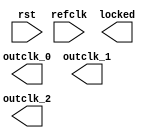
// megafunction wizard: %Altera PLL v12.0%
// GENERATION: XML
// mAltLvdsPll.v

// Generated using ACDS version 12.0sp2 263 at 2012.11.06.21:41:41

`timescale 1 ps / 1 ps
module mAltLvdsPll (
		input  wire  refclk,   //  refclk.clk
		input  wire  rst,      //   reset.reset
		output wire  outclk_0, // outclk0.clk
		output wire  outclk_1, // outclk1.clk
		output wire  outclk_2, // outclk2.clk
		output wire  locked    //  locked.export
	);

//	mAltLvdsPll_0002 maltlvdspll_inst (
//		.refclk   (refclk),   //  refclk.clk
//		.rst      (rst),      //   reset.reset
//		.outclk_0 (outclk_0), // outclk0.clk
//		.outclk_1 (outclk_1), // outclk1.clk
//		.outclk_2 (outclk_2), // outclk2.clk
//		.locked   (locked)    //  locked.export
//	);

endmodule
// Retrieval info: <?xml version="1.0"?>
//<!--
//	Generated by Altera MegaWizard Launcher Utility version 1.0
//	************************************************************
//	THIS IS A WIZARD-GENERATED FILE. DO NOT EDIT THIS FILE!
//	************************************************************
//	Copyright (C) 1991-2012 Altera Corporation
//	Any megafunction design, and related net list (encrypted or decrypted),
//	support information, device programming or simulation file, and any other
//	associated documentation or information provided by Altera or a partner
//	under Altera's Megafunction Partnership Program may be used only to
//	program PLD devices (but not masked PLD devices) from Altera.  Any other
//	use of such megafunction design, net list, support information, device
//	programming or simulation file, or any other related documentation or
//	information is prohibited for any other purpose, including, but not
//	limited to modification, reverse engineering, de-compiling, or use with
//	any other silicon devices, unless such use is explicitly licensed under
//	a separate agreement with Altera or a megafunction partner.  Title to
//	the intellectual property, including patents, copyrights, trademarks,
//	trade secrets, or maskworks, embodied in any such megafunction design,
//	net list, support information, device programming or simulation file, or
//	any other related documentation or information provided by Altera or a
//	megafunction partner, remains with Altera, the megafunction partner, or
//	their respective licensors.  No other licenses, including any licenses
//	needed under any third party's intellectual property, are provided herein.
//-->
// Retrieval info: <instance entity-name="altera_pll" version="12.0" >
// Retrieval info: 	<generic name="device_family" value="Arria V" />
// Retrieval info: 	<generic name="gui_device_speed_grade" value="5_H4" />
// Retrieval info: 	<generic name="gui_pll_mode" value="Integer-N PLL" />
// Retrieval info: 	<generic name="gui_reference_clock_frequency" value="125.0" />
// Retrieval info: 	<generic name="gui_channel_spacing" value="0.0" />
// Retrieval info: 	<generic name="gui_operation_mode" value="lvds" />
// Retrieval info: 	<generic name="gui_feedback_clock" value="Global Clock" />
// Retrieval info: 	<generic name="gui_fractional_cout" value="24" />
// Retrieval info: 	<generic name="gui_use_locked" value="true" />
// Retrieval info: 	<generic name="gui_en_adv_params" value="false" />
// Retrieval info: 	<generic name="gui_number_of_clocks" value="3" />
// Retrieval info: 	<generic name="gui_output_clock_frequency0" value="1250.0" />
// Retrieval info: 	<generic name="gui_multiply_factor0" value="1" />
// Retrieval info: 	<generic name="gui_frac_multiply_factor0" value="1" />
// Retrieval info: 	<generic name="gui_divide_factor0" value="1" />
// Retrieval info: 	<generic name="gui_actual_output_clock_frequency0" value="0 MHz" />
// Retrieval info: 	<generic name="gui_ps_units0" value="degrees" />
// Retrieval info: 	<generic name="gui_phase_shift0" value="0" />
// Retrieval info: 	<generic name="gui_phase_shift_deg0" value="-180" />
// Retrieval info: 	<generic name="gui_actual_phase_shift0" value="0" />
// Retrieval info: 	<generic name="gui_duty_cycle0" value="50" />
// Retrieval info: 	<generic name="gui_output_clock_frequency1" value="125.0" />
// Retrieval info: 	<generic name="gui_multiply_factor1" value="1" />
// Retrieval info: 	<generic name="gui_frac_multiply_factor1" value="1" />
// Retrieval info: 	<generic name="gui_divide_factor1" value="1" />
// Retrieval info: 	<generic name="gui_actual_output_clock_frequency1" value="0 MHz" />
// Retrieval info: 	<generic name="gui_ps_units1" value="degrees" />
// Retrieval info: 	<generic name="gui_phase_shift1" value="0" />
// Retrieval info: 	<generic name="gui_phase_shift_deg1" value="288" />
// Retrieval info: 	<generic name="gui_actual_phase_shift1" value="0" />
// Retrieval info: 	<generic name="gui_duty_cycle1" value="10" />
// Retrieval info: 	<generic name="gui_output_clock_frequency2" value="125.0" />
// Retrieval info: 	<generic name="gui_multiply_factor2" value="1" />
// Retrieval info: 	<generic name="gui_frac_multiply_factor2" value="1" />
// Retrieval info: 	<generic name="gui_divide_factor2" value="1" />
// Retrieval info: 	<generic name="gui_actual_output_clock_frequency2" value="0 MHz" />
// Retrieval info: 	<generic name="gui_ps_units2" value="degrees" />
// Retrieval info: 	<generic name="gui_phase_shift2" value="0" />
// Retrieval info: 	<generic name="gui_phase_shift_deg2" value="-18" />
// Retrieval info: 	<generic name="gui_actual_phase_shift2" value="0" />
// Retrieval info: 	<generic name="gui_duty_cycle2" value="50" />
// Retrieval info: 	<generic name="gui_output_clock_frequency3" value="100.0" />
// Retrieval info: 	<generic name="gui_multiply_factor3" value="1" />
// Retrieval info: 	<generic name="gui_frac_multiply_factor3" value="1" />
// Retrieval info: 	<generic name="gui_divide_factor3" value="1" />
// Retrieval info: 	<generic name="gui_actual_output_clock_frequency3" value="0 MHz" />
// Retrieval info: 	<generic name="gui_ps_units3" value="ps" />
// Retrieval info: 	<generic name="gui_phase_shift3" value="0" />
// Retrieval info: 	<generic name="gui_phase_shift_deg3" value="0" />
// Retrieval info: 	<generic name="gui_actual_phase_shift3" value="0" />
// Retrieval info: 	<generic name="gui_duty_cycle3" value="50" />
// Retrieval info: 	<generic name="gui_output_clock_frequency4" value="100.0" />
// Retrieval info: 	<generic name="gui_multiply_factor4" value="1" />
// Retrieval info: 	<generic name="gui_frac_multiply_factor4" value="1" />
// Retrieval info: 	<generic name="gui_divide_factor4" value="1" />
// Retrieval info: 	<generic name="gui_actual_output_clock_frequency4" value="0 MHz" />
// Retrieval info: 	<generic name="gui_ps_units4" value="ps" />
// Retrieval info: 	<generic name="gui_phase_shift4" value="0" />
// Retrieval info: 	<generic name="gui_phase_shift_deg4" value="0" />
// Retrieval info: 	<generic name="gui_actual_phase_shift4" value="0" />
// Retrieval info: 	<generic name="gui_duty_cycle4" value="50" />
// Retrieval info: 	<generic name="gui_output_clock_frequency5" value="100.0" />
// Retrieval info: 	<generic name="gui_multiply_factor5" value="1" />
// Retrieval info: 	<generic name="gui_frac_multiply_factor5" value="1" />
// Retrieval info: 	<generic name="gui_divide_factor5" value="1" />
// Retrieval info: 	<generic name="gui_actual_output_clock_frequency5" value="0 MHz" />
// Retrieval info: 	<generic name="gui_ps_units5" value="ps" />
// Retrieval info: 	<generic name="gui_phase_shift5" value="0" />
// Retrieval info: 	<generic name="gui_phase_shift_deg5" value="0" />
// Retrieval info: 	<generic name="gui_actual_phase_shift5" value="0" />
// Retrieval info: 	<generic name="gui_duty_cycle5" value="50" />
// Retrieval info: 	<generic name="gui_output_clock_frequency6" value="100.0" />
// Retrieval info: 	<generic name="gui_multiply_factor6" value="1" />
// Retrieval info: 	<generic name="gui_frac_multiply_factor6" value="1" />
// Retrieval info: 	<generic name="gui_divide_factor6" value="1" />
// Retrieval info: 	<generic name="gui_actual_output_clock_frequency6" value="0 MHz" />
// Retrieval info: 	<generic name="gui_ps_units6" value="ps" />
// Retrieval info: 	<generic name="gui_phase_shift6" value="0" />
// Retrieval info: 	<generic name="gui_phase_shift_deg6" value="0" />
// Retrieval info: 	<generic name="gui_actual_phase_shift6" value="0" />
// Retrieval info: 	<generic name="gui_duty_cycle6" value="50" />
// Retrieval info: 	<generic name="gui_output_clock_frequency7" value="100.0" />
// Retrieval info: 	<generic name="gui_multiply_factor7" value="1" />
// Retrieval info: 	<generic name="gui_frac_multiply_factor7" value="1" />
// Retrieval info: 	<generic name="gui_divide_factor7" value="1" />
// Retrieval info: 	<generic name="gui_actual_output_clock_frequency7" value="0 MHz" />
// Retrieval info: 	<generic name="gui_ps_units7" value="ps" />
// Retrieval info: 	<generic name="gui_phase_shift7" value="0" />
// Retrieval info: 	<generic name="gui_phase_shift_deg7" value="0" />
// Retrieval info: 	<generic name="gui_actual_phase_shift7" value="0" />
// Retrieval info: 	<generic name="gui_duty_cycle7" value="50" />
// Retrieval info: 	<generic name="gui_output_clock_frequency8" value="100.0" />
// Retrieval info: 	<generic name="gui_multiply_factor8" value="1" />
// Retrieval info: 	<generic name="gui_frac_multiply_factor8" value="1" />
// Retrieval info: 	<generic name="gui_divide_factor8" value="1" />
// Retrieval info: 	<generic name="gui_actual_output_clock_frequency8" value="0 MHz" />
// Retrieval info: 	<generic name="gui_ps_units8" value="ps" />
// Retrieval info: 	<generic name="gui_phase_shift8" value="0" />
// Retrieval info: 	<generic name="gui_phase_shift_deg8" value="0" />
// Retrieval info: 	<generic name="gui_actual_phase_shift8" value="0" />
// Retrieval info: 	<generic name="gui_duty_cycle8" value="50" />
// Retrieval info: 	<generic name="gui_output_clock_frequency9" value="100.0" />
// Retrieval info: 	<generic name="gui_multiply_factor9" value="1" />
// Retrieval info: 	<generic name="gui_frac_multiply_factor9" value="1" />
// Retrieval info: 	<generic name="gui_divide_factor9" value="1" />
// Retrieval info: 	<generic name="gui_actual_output_clock_frequency9" value="0 MHz" />
// Retrieval info: 	<generic name="gui_ps_units9" value="ps" />
// Retrieval info: 	<generic name="gui_phase_shift9" value="0" />
// Retrieval info: 	<generic name="gui_phase_shift_deg9" value="0" />
// Retrieval info: 	<generic name="gui_actual_phase_shift9" value="0" />
// Retrieval info: 	<generic name="gui_duty_cycle9" value="50" />
// Retrieval info: 	<generic name="gui_output_clock_frequency10" value="100.0" />
// Retrieval info: 	<generic name="gui_multiply_factor10" value="1" />
// Retrieval info: 	<generic name="gui_frac_multiply_factor10" value="1" />
// Retrieval info: 	<generic name="gui_divide_factor10" value="1" />
// Retrieval info: 	<generic name="gui_actual_output_clock_frequency10" value="0 MHz" />
// Retrieval info: 	<generic name="gui_ps_units10" value="ps" />
// Retrieval info: 	<generic name="gui_phase_shift10" value="0" />
// Retrieval info: 	<generic name="gui_phase_shift_deg10" value="0" />
// Retrieval info: 	<generic name="gui_actual_phase_shift10" value="0" />
// Retrieval info: 	<generic name="gui_duty_cycle10" value="50" />
// Retrieval info: 	<generic name="gui_output_clock_frequency11" value="100.0" />
// Retrieval info: 	<generic name="gui_multiply_factor11" value="1" />
// Retrieval info: 	<generic name="gui_frac_multiply_factor11" value="1" />
// Retrieval info: 	<generic name="gui_divide_factor11" value="1" />
// Retrieval info: 	<generic name="gui_actual_output_clock_frequency11" value="0 MHz" />
// Retrieval info: 	<generic name="gui_ps_units11" value="ps" />
// Retrieval info: 	<generic name="gui_phase_shift11" value="0" />
// Retrieval info: 	<generic name="gui_phase_shift_deg11" value="0" />
// Retrieval info: 	<generic name="gui_actual_phase_shift11" value="0" />
// Retrieval info: 	<generic name="gui_duty_cycle11" value="50" />
// Retrieval info: 	<generic name="gui_output_clock_frequency12" value="100.0" />
// Retrieval info: 	<generic name="gui_multiply_factor12" value="1" />
// Retrieval info: 	<generic name="gui_frac_multiply_factor12" value="1" />
// Retrieval info: 	<generic name="gui_divide_factor12" value="1" />
// Retrieval info: 	<generic name="gui_actual_output_clock_frequency12" value="0 MHz" />
// Retrieval info: 	<generic name="gui_ps_units12" value="ps" />
// Retrieval info: 	<generic name="gui_phase_shift12" value="0" />
// Retrieval info: 	<generic name="gui_phase_shift_deg12" value="0" />
// Retrieval info: 	<generic name="gui_actual_phase_shift12" value="0" />
// Retrieval info: 	<generic name="gui_duty_cycle12" value="50" />
// Retrieval info: 	<generic name="gui_output_clock_frequency13" value="100.0" />
// Retrieval info: 	<generic name="gui_multiply_factor13" value="1" />
// Retrieval info: 	<generic name="gui_frac_multiply_factor13" value="1" />
// Retrieval info: 	<generic name="gui_divide_factor13" value="1" />
// Retrieval info: 	<generic name="gui_actual_output_clock_frequency13" value="0 MHz" />
// Retrieval info: 	<generic name="gui_ps_units13" value="ps" />
// Retrieval info: 	<generic name="gui_phase_shift13" value="0" />
// Retrieval info: 	<generic name="gui_phase_shift_deg13" value="0" />
// Retrieval info: 	<generic name="gui_actual_phase_shift13" value="0" />
// Retrieval info: 	<generic name="gui_duty_cycle13" value="50" />
// Retrieval info: 	<generic name="gui_output_clock_frequency14" value="100.0" />
// Retrieval info: 	<generic name="gui_multiply_factor14" value="1" />
// Retrieval info: 	<generic name="gui_frac_multiply_factor14" value="1" />
// Retrieval info: 	<generic name="gui_divide_factor14" value="1" />
// Retrieval info: 	<generic name="gui_actual_output_clock_frequency14" value="0 MHz" />
// Retrieval info: 	<generic name="gui_ps_units14" value="ps" />
// Retrieval info: 	<generic name="gui_phase_shift14" value="0" />
// Retrieval info: 	<generic name="gui_phase_shift_deg14" value="0" />
// Retrieval info: 	<generic name="gui_actual_phase_shift14" value="0" />
// Retrieval info: 	<generic name="gui_duty_cycle14" value="50" />
// Retrieval info: 	<generic name="gui_output_clock_frequency15" value="100.0" />
// Retrieval info: 	<generic name="gui_multiply_factor15" value="1" />
// Retrieval info: 	<generic name="gui_frac_multiply_factor15" value="1" />
// Retrieval info: 	<generic name="gui_divide_factor15" value="1" />
// Retrieval info: 	<generic name="gui_actual_output_clock_frequency15" value="0 MHz" />
// Retrieval info: 	<generic name="gui_ps_units15" value="ps" />
// Retrieval info: 	<generic name="gui_phase_shift15" value="0" />
// Retrieval info: 	<generic name="gui_phase_shift_deg15" value="0" />
// Retrieval info: 	<generic name="gui_actual_phase_shift15" value="0" />
// Retrieval info: 	<generic name="gui_duty_cycle15" value="50" />
// Retrieval info: 	<generic name="gui_output_clock_frequency16" value="100.0" />
// Retrieval info: 	<generic name="gui_multiply_factor16" value="1" />
// Retrieval info: 	<generic name="gui_frac_multiply_factor16" value="1" />
// Retrieval info: 	<generic name="gui_divide_factor16" value="1" />
// Retrieval info: 	<generic name="gui_actual_output_clock_frequency16" value="0 MHz" />
// Retrieval info: 	<generic name="gui_ps_units16" value="ps" />
// Retrieval info: 	<generic name="gui_phase_shift16" value="0" />
// Retrieval info: 	<generic name="gui_phase_shift_deg16" value="0" />
// Retrieval info: 	<generic name="gui_actual_phase_shift16" value="0" />
// Retrieval info: 	<generic name="gui_duty_cycle16" value="50" />
// Retrieval info: 	<generic name="gui_output_clock_frequency17" value="100.0" />
// Retrieval info: 	<generic name="gui_multiply_factor17" value="1" />
// Retrieval info: 	<generic name="gui_frac_multiply_factor17" value="1" />
// Retrieval info: 	<generic name="gui_divide_factor17" value="1" />
// Retrieval info: 	<generic name="gui_actual_output_clock_frequency17" value="0 MHz" />
// Retrieval info: 	<generic name="gui_ps_units17" value="ps" />
// Retrieval info: 	<generic name="gui_phase_shift17" value="0" />
// Retrieval info: 	<generic name="gui_phase_shift_deg17" value="0" />
// Retrieval info: 	<generic name="gui_actual_phase_shift17" value="0" />
// Retrieval info: 	<generic name="gui_duty_cycle17" value="50" />
// Retrieval info: 	<generic name="gui_pll_auto_reset" value="Off" />
// Retrieval info: 	<generic name="gui_pll_bandwidth_preset" value="Auto" />
// Retrieval info: 	<generic name="gui_en_reconf" value="false" />
// Retrieval info: 	<generic name="gui_en_dps_ports" value="false" />
// Retrieval info: 	<generic name="gui_refclk_switch" value="false" />
// Retrieval info: 	<generic name="gui_refclk1_frequency" value="100.0" />
// Retrieval info: 	<generic name="gui_switchover_mode" value="Automatic Switchover" />
// Retrieval info: 	<generic name="gui_switchover_delay" value="0" />
// Retrieval info: 	<generic name="gui_active_clk" value="false" />
// Retrieval info: 	<generic name="gui_clk_bad" value="false" />
// Retrieval info: 	<generic name="AUTO_REFCLK_CLOCK_RATE" value="-1" />
// Retrieval info: </instance>
// IPFS_FILES : mAltLvdsPll.vo
// RELATED_FILES: mAltLvdsPll.v, mAltLvdsPll_0002.v